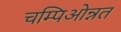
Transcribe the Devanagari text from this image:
चम्पिओन्नत